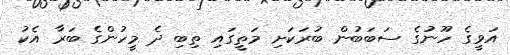
އަވީގެ ހޫނުގެ ސަބަބުން ބުރަކަށި މަތީގައި ތިބި ދެ މީހުންގެ ބަރާ އެކު